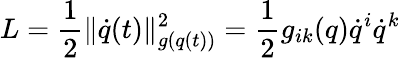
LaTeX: L=\frac{1}{2}\| \dot{q}(t)\| _{g(q(t))}^{2}=\frac{1}{2}g_{ik}(q)\dot{q}^{i}\dot{q}^{k}